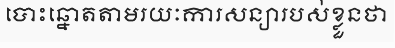
បោះឆ្នោតតាមរយៈការសន្យារបស់ខ្លួនថា